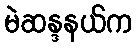
မဲဆန္ဒနယ်က